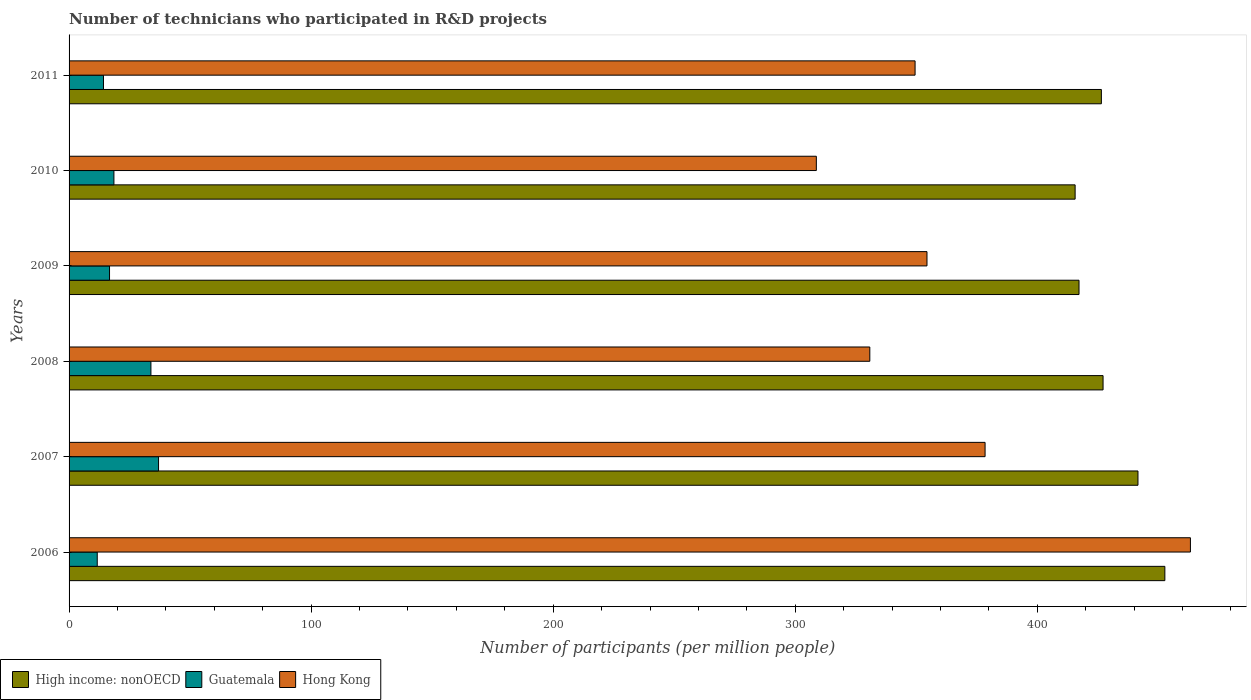
| Years | High income: nonOECD | Guatemala | Hong Kong |
 | --- | --- | --- | --- |
 | 2006 | 453 | 11.6 | 463 |
 | 2007 | 442 | 37 | 378 |
 | 2008 | 427 | 33.8 | 331 |
 | 2009 | 417 | 16.7 | 354 |
 | 2010 | 416 | 18.5 | 309 |
 | 2011 | 426 | 14.2 | 350 |